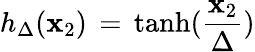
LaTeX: h_{\Delta}(\mathbf{x}_{2})\, =\, \mathrm{{tanh}}(\frac{{\mathbf{x}_{2}}}{{\Delta}})